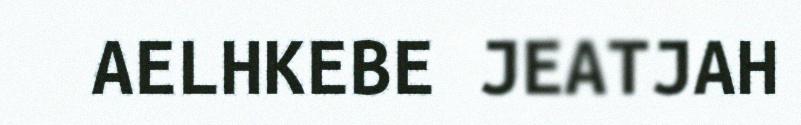
AELHKEBE JEATJAH